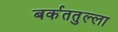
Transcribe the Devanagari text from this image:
बर्कततुल्ला